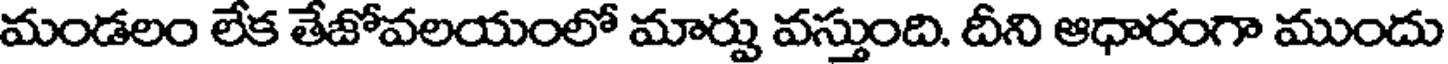
మండలం లేక తేజోవలయంలో మార్పు వస్తుంది. దీని ఆధారంగా ముందు